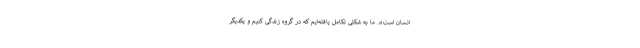
انسان است». ما به شکلی تکامل یافته‌ایم که در گروه زندگی کنیم و یکدیگر